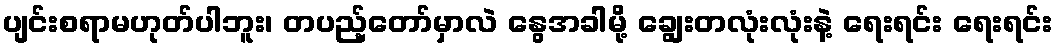
ပျင်းစရာမဟုတ်ပါဘူး၊ တပည့်တော်မှာလဲ နွေအခါမို့ ချွေးတလုံးလုံးနဲ့ ရေးရင်း ရေးရင်း